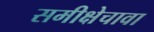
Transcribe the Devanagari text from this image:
समीक्षेचावा